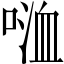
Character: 𠸡